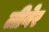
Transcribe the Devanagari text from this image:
लीबेर